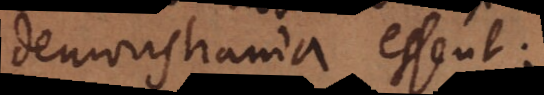
demonstranda essent: